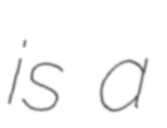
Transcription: is a